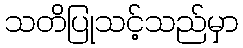
သတိပြုသင့်သည်မှာ